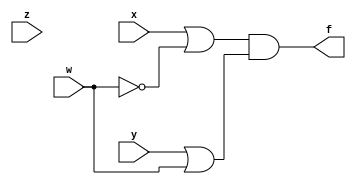
`timescale 1ns / 1ps
//////////////////////////////////////////////////////////////////////////////////
// Company: 
// Engineer: 
// 
// Design Name: 
// Module Name:    Product_of_Sum 
// Project Name: 
// Target Devices: 
// Tool versions: 
// Description: 
//
// Dependencies: 
//
// Revision: 
// Revision 0.01 - File Created
// Additional Comments: 
//
//////////////////////////////////////////////////////////////////////////////////
module Product_of_Sum(
    input x,
    input y,
    input z,
    input w,
    output f
    );
	 wire w1 = x|(~w);
	 wire w2 = y|w;
	 assign f = w1&w2;
endmodule